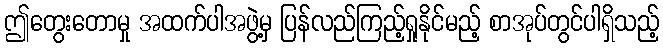
ဤတွေးတောမှု အထက်ပါအဖွဲ့မှ ပြန်လည်ကြည့်ရှုနိုင်မည့် စာအုပ်တွင်ပါရှိသည့်